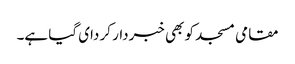
مقامی مسجد کو بھی خبردار کر دای گیا ہے۔